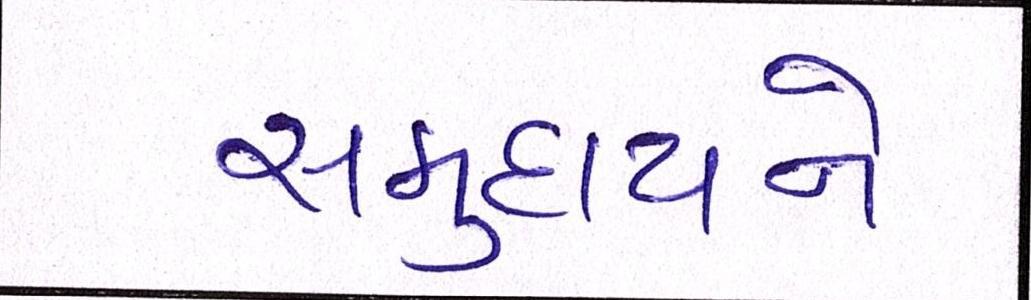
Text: સમુદાયને